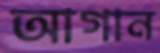
আগান